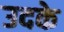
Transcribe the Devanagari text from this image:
उदके